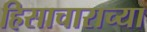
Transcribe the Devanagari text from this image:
हिसाचाराच्या